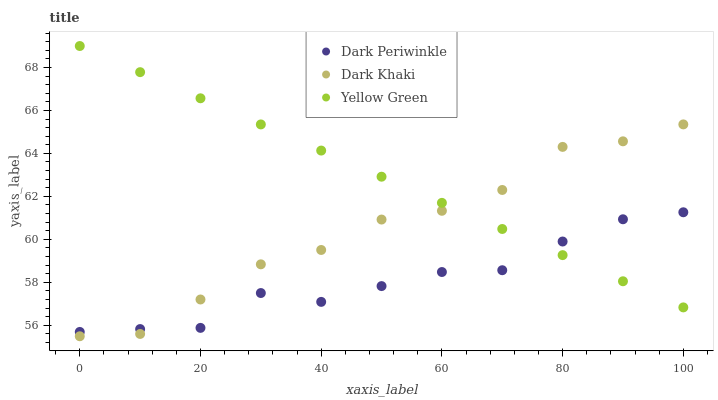
| xaxis_label | Dark Periwinkle | Dark Khaki | Yellow Green |
 | --- | --- | --- | --- |
 | 0 | 55.7 | 55.5 | 69 |
 | 10 | 55.8 | 55.6 | 67.8 |
 | 20 | 55.9 | 57.2 | 66.6 |
 | 30 | 57.5 | 58.8 | 65.3 |
 | 40 | 57.1 | 59.5 | 64.1 |
 | 50 | 57.8 | 60.9 | 62.9 |
 | 60 | 58.5 | 61.3 | 61.7 |
 | 70 | 58.6 | 62.3 | 60.5 |
 | 80 | 59.9 | 64.3 | 59.3 |
 | 90 | 60.9 | 64.6 | 58 |
 | 100 | 61.3 | 65.4 | 56.8 |